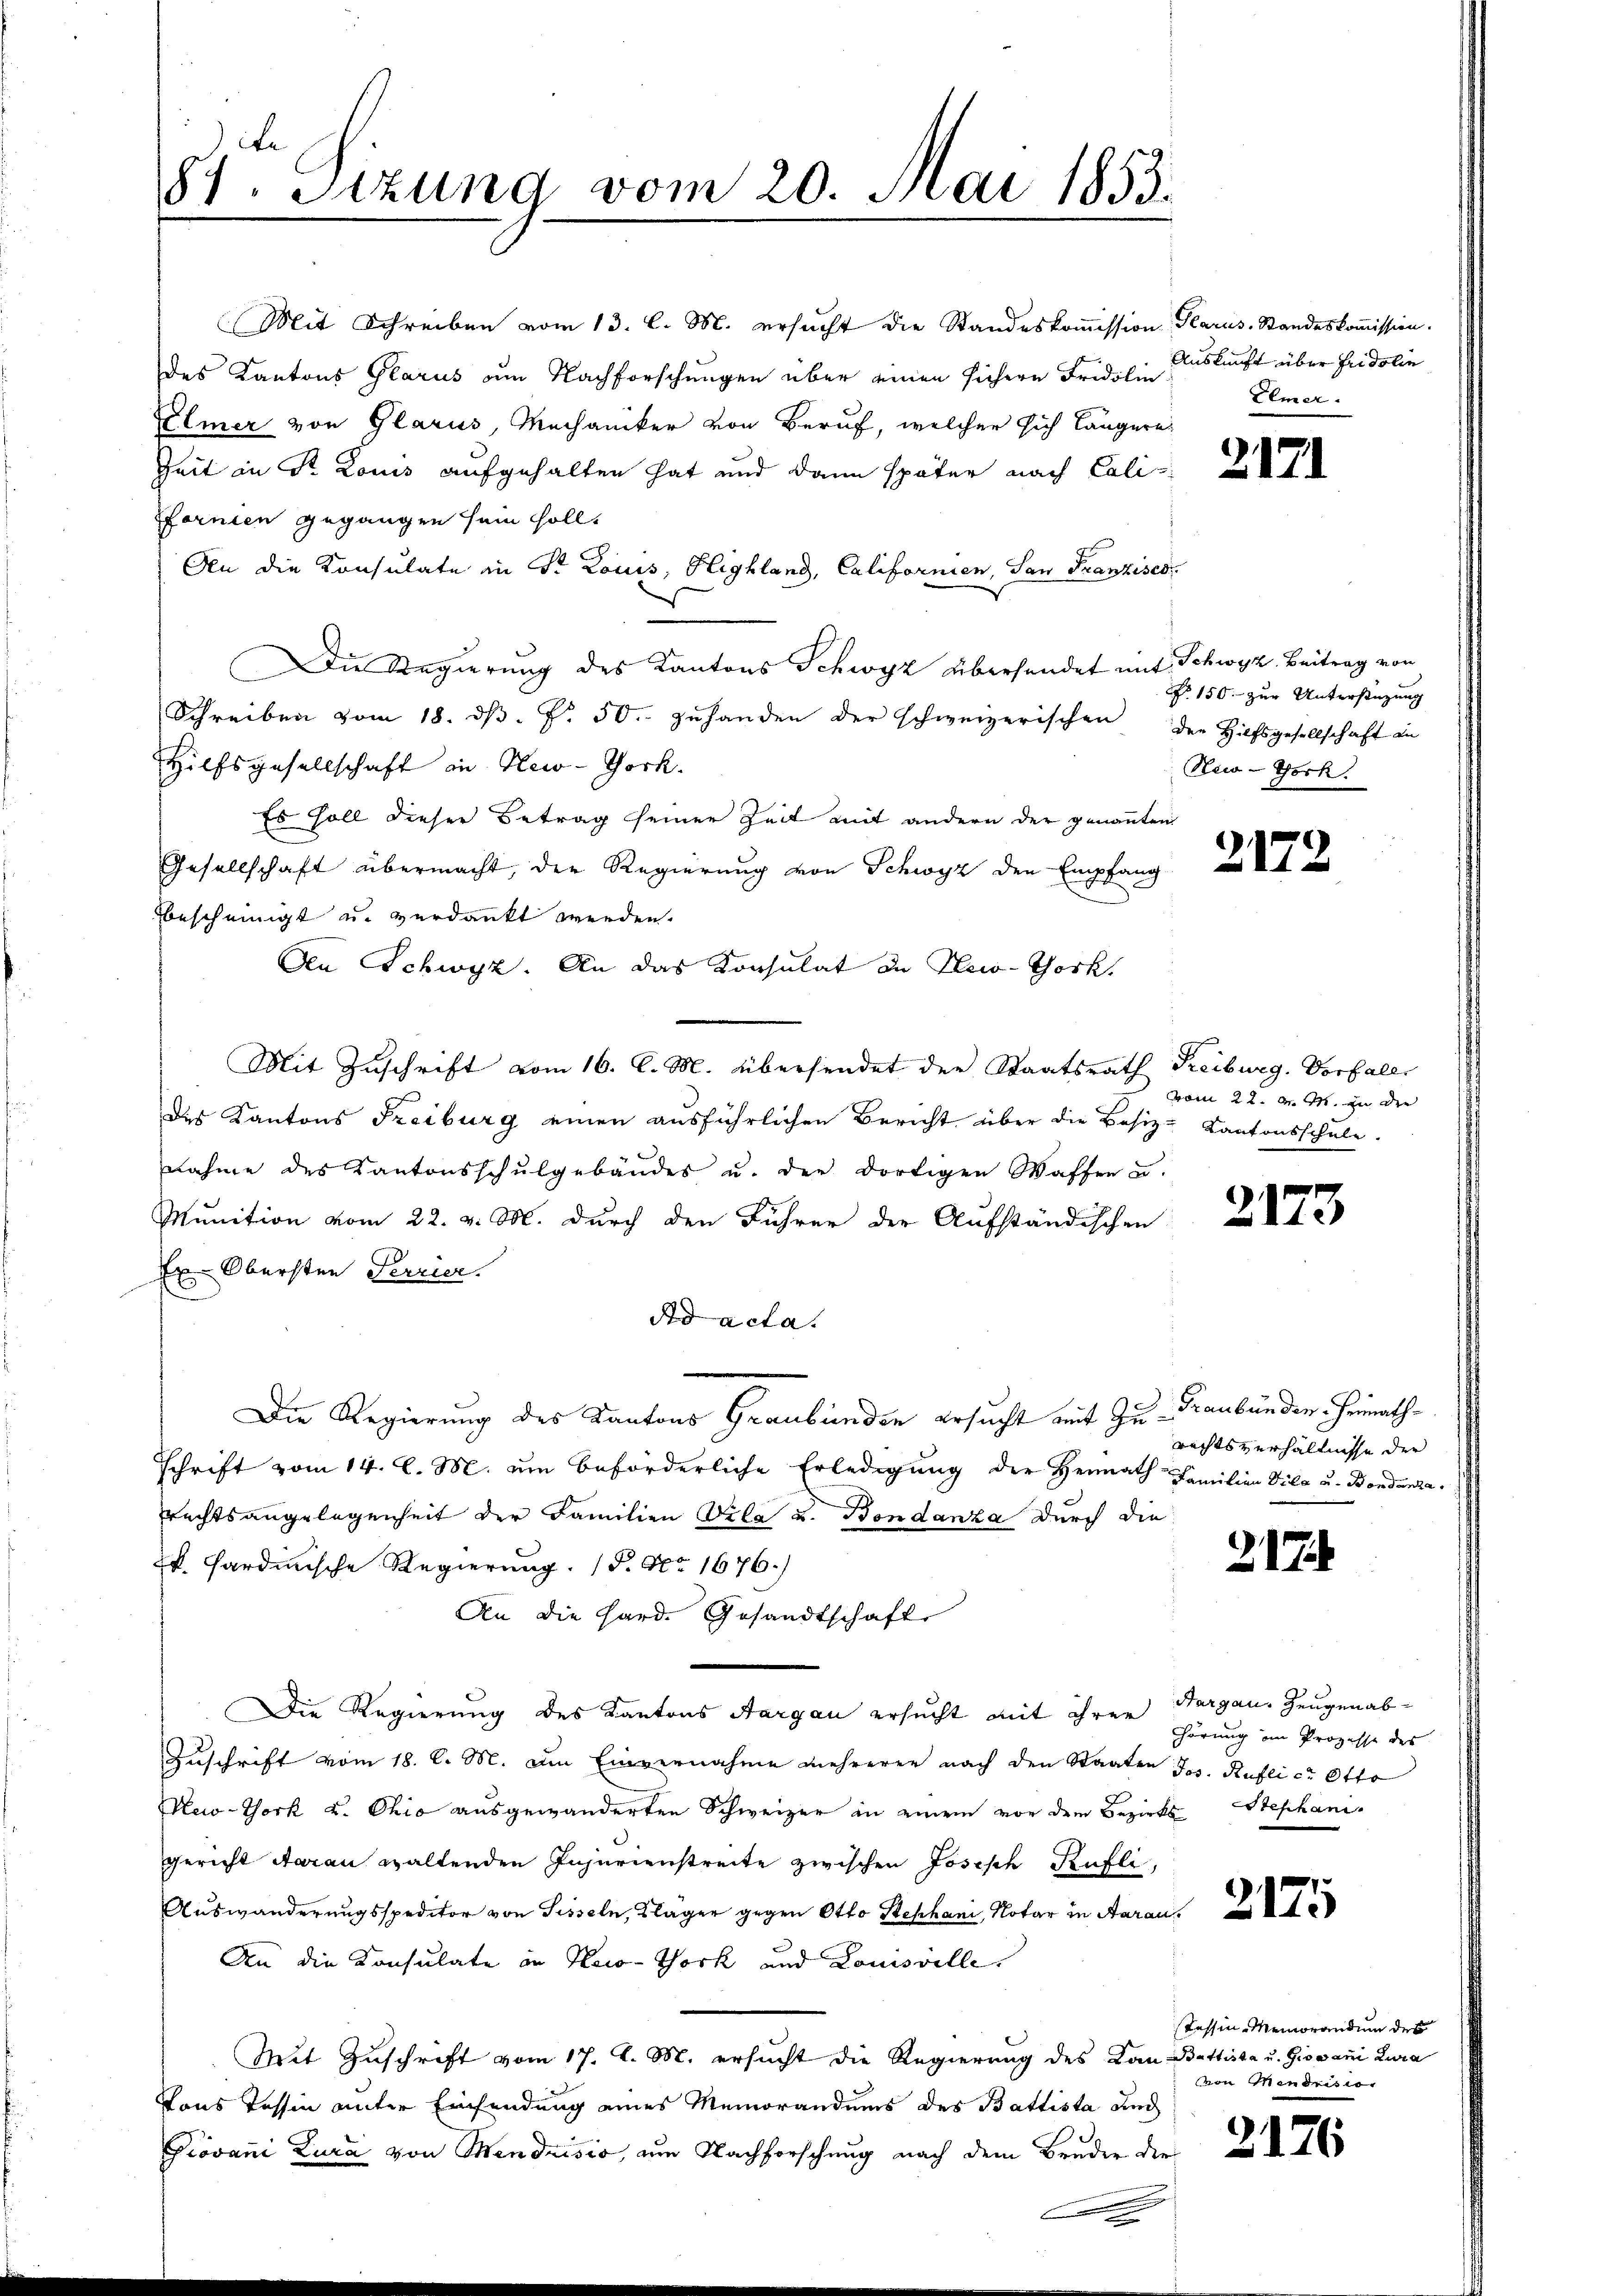
8sten Sizung vom 20. Mai 1853.

Mit Schreiben vom 13. l. M. ersucht die Standeskommission Glarus, Standeskommission.
des Kantons Glarus am Nachforschungen über einen sichere Fridlin Auskunft über Fridolin
Elmer von Glarus, Mechaniker von Beruf, welcher sich längere
Zeit in St. Louis aufgehalten hat und dann später nach Cali
Ffornien gegangen sein soll.
An die Konsulate in St. Louis, Highland, Californien, San Franzises
Die Regierung des Kantons Schwyz übersendet mit Schwyz. Beitrag von
Schreiben vom 18. dβ. f. 50. zuhanden der schweizerischen der Hilfsgesellschaft an
Hilfsgesellschaft in New-York.
Es soll dieser Betrag seiner Zeit mit andern der genannten
Gesellschaft übermacht, der Regierŭng von Schwyz der Empfang
bescheinigt u. verdankt werden.
Aen Schwyz. An das Konsulat in Plei-Thork
Mit Zuschrift vom 16. l. M. übersendet der Staatsrath Freiburg. Vorfall
des Kantons Freiburg einen ausführlichen Bericht über die Besiz-Kantonsschule.
nahme des Kantonsschulgebäudes u. der dortigen Waffen u.
  ..     ständi
Er Obersten Terrier.
e
Ad acta.
Die Regierung des Kantons Graubünden ersucht mit Zu- Graubünden Heimath¬
Schrift vom 14. l. M. um beförderliche Erledigung der Heimath Familien Vila u. Bondenza.
rechtsangelegenheit der Familien Vila u. Bondanza durch die
k. Sardinische Regierung. (S. Nr. 1676.)
An die Hard. Gesandtschafte
Die Regierung des Kantons Aargau ersucht mit ihren Hargau, Zeugenab¬
Zuschrift vom 18. C. M. am Einvernahme mehrerer nach den Staaten Jos. Ruflict Otto
Meo-Tork u. Ohio ausgewänderten Schweizer in einem vor dem Bezirks- Stephanigericht darau waltenden Injurienstreite zwischen Joseph Kufli,
Aŭswanderŭngsspeditor von Sesseln, Kläger gegen Otto Beschani Notar in Aarau
An die Konsulate an Haio-York und Louisville.
Mit Zuschrift vom 17. d. M. ersucht die Regierung des Kan Battista u. Giovani Lura
Vons Tessin unter Einsendung eines Memorandums des Battista und
Giovani Zura von Mendrisio, am Nachforschung nach dem Bruder der
.

Elmer.

150. zur Unterstützung
New-York

vom 22. d. M. in die

rechtsverhältnisse der

217

Hörung im Prozesse des

Tessin-Memorandum des
von Mendrisio